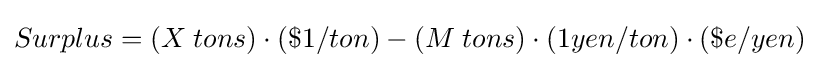
Surplus=(X\;tons)\cdot (\$1/ton)-(M\;tons)\cdot (1yen/ton)\cdot (\$e/yen)